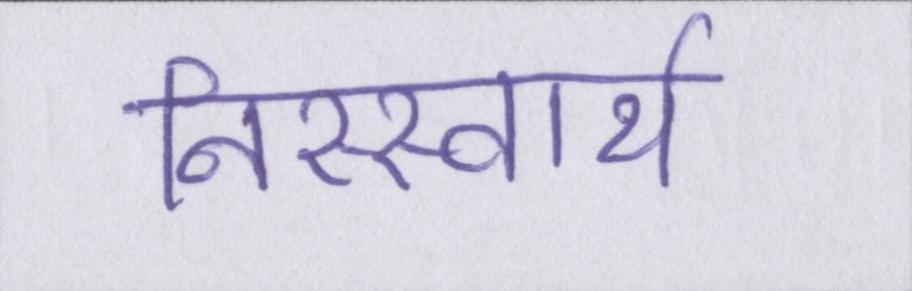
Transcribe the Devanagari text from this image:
निस्स्वार्थ